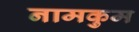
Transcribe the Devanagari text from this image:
नामकुम